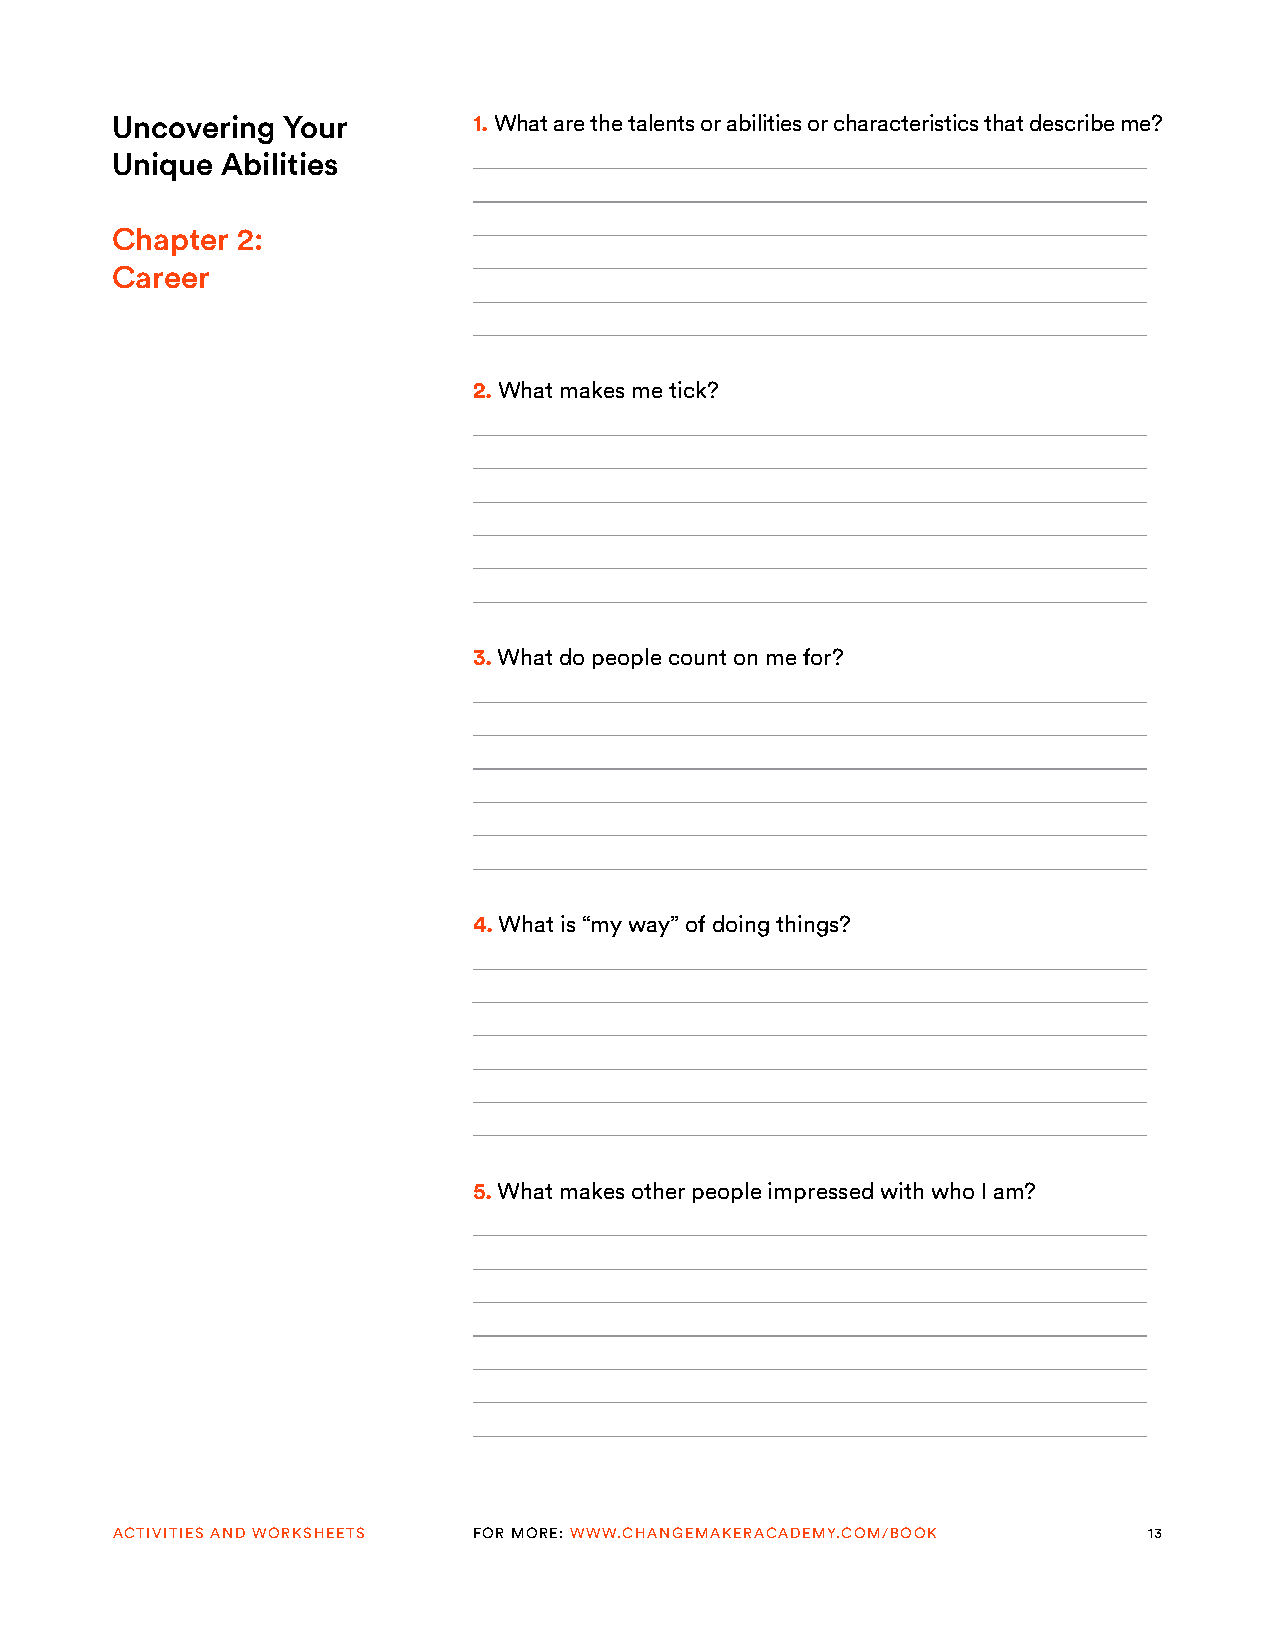
Uncovering  Your        1. What are the talents or abilities or characteristics that describe me?
 Unique  Abilities
 Chapter  2:
 Career
 2. What makes me tick?
 3. What do people count on me for?
 4. What is “my way” of doing things?
 5. What makes other people impressed with who I am?
 ACTIVITIES AND WORKSHEETS FOR MORE: WWW.CHANGEMAKERACADEMY.COM/BOOK  13